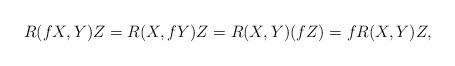
LaTeX: \begin{align*}R(fX,Y)Z = R(X,fY)Z = R(X,Y)(fZ) = f R(X,Y)Z, \end{align*}